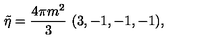
\tilde { \eta } = { \frac { 4 \pi m ^ { 2 } } { 3 } } \ ( 3 , - 1 , - 1 , - 1 ) ,